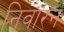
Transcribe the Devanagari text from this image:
निवारन